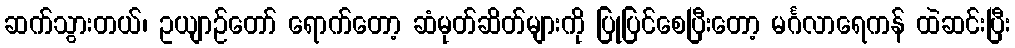
ဆက်သွားတယ်၊ ဥယျာဉ်တော် ရောက်တော့ ဆံမုတ်ဆိတ်များကို ပြုပြင်စေပြီးတော့ မင်္ဂလာရေကန် ထဲဆင်းပြီး